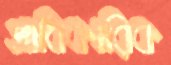
প্রাধিকারিক